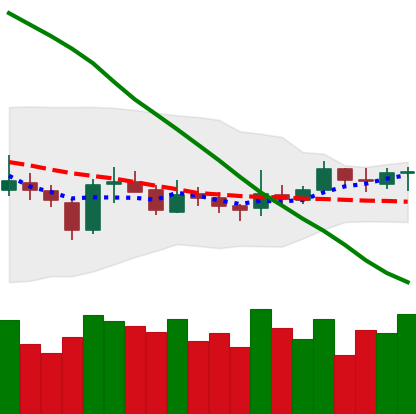
Ticker: XRP-USD
Chart end date: 2019-03-20
Forward return: -4.867%
Label: down_3_5